Indian Civil Veterinary Department memoirs
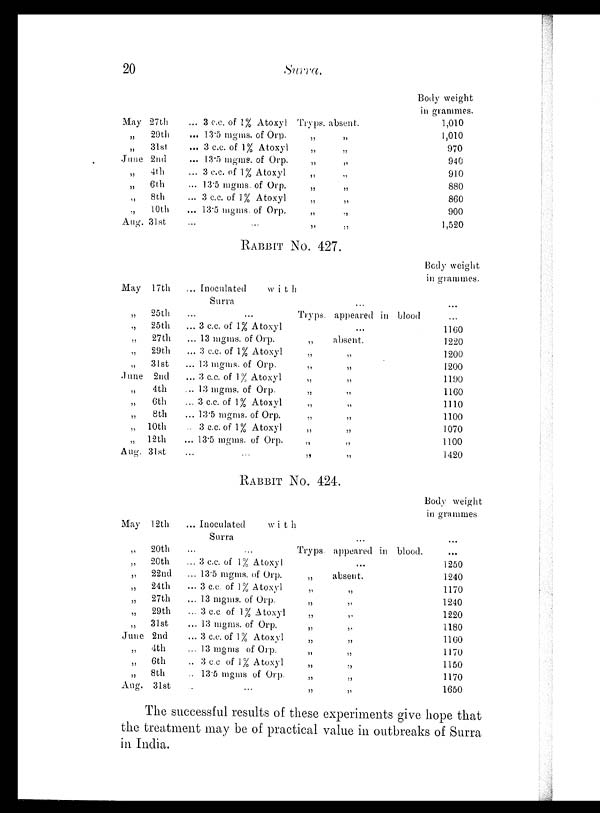
20
Surra.
May 27th
„
29th
„ 31st
June 2nd
„ 4th
„ 6th
„ 8th
„ 10th
Aug. 31st
... 3 c.c. of 1% Atoxyl Tryps. absent.
... 13.5 mgms. of Orp.
„
„
... 3 c.c. of 1% Atoxyl
„
„
... 13.5 mgms. of Orp.
„
„
... 3 c.c. of 1% Atoxyl
„
„
... 13.5 mgms. of Orp.
„
„
... 3 c.c. of 1% Atoxyl
„
„
... 13.5 mgms. of
Orp.
„
„
... ... „ „
Body weight
in grammes.
1,010
1,010
970
940
910
880
860
900
1,520
RABBIT NO. 427.
May 17th
„
25th
„
25th
„
27th
„
29th
„ 31st
June 2nd
„
4th
„ 6th
„
8th
„ 10th
„ 12th
Aug. 31st
... Inoculated
with
Surra
...
... ... Tryps. appeared in blood
... 3 c.c. of
1%
Atoxyl
...
... 13 mgms. of Orp.
„
absent.
... 3 c.c. of 1% Atoxyl
„
„
... 13 mgms. of Orp.
„
„
... 3 c.c. of 1% Atoxyl
„
„
... 13 mgms. of Orp.
„
„
... 3 c.c. of 1% Atoxyl
„
„
... 13.5 mgms. of Orp.
„
„
.. 3 c.c. of 1% Atoxyl
„
„
... 13.5 mgms. of Orp.
„
„
... ... „
„
Body weight
in grammes.
...
...
1160
1220
1200
1200
1190
1160
1110
1100
1070
1100
1420
RABBIT NO. 424.
May 12th
„
20th
„
20th
„
22nd
„
24th
„
27th
„
29th
„ 31st
June 2nd
„ 4th
„ 6th
„ 8th
Aug. 31st
... Inoculated
with
Surra
... ...
... 3 c.c. of 1% Atoxyl
... 13.5 mgms. of Orp.
... 3 c.c. of 1% Atoxyl
... 13 mgms. of Orp.
... 3 c.c of 1% Atoxyl
... 13 mgms. of Orp.
... 3 c.c. of 1% Atoxyl
... 13 mgms of Orp.
.. 3 c.c. of 1% Atoxyl
.. 13.5 mgms of Orp.
.. ...
...
Tryps. appeared in blood.
...
„
absent.
„ „
„ „
„ „
„ „
„ „
„ „
„ „
„ „
„ „
Body weight
in grammes.
...
...
1250
1240
1170
1240
1220
1180
1160
1170
1150
1170
1650
The successful results of these experiments give hope that
the treatment may be of practical value in outbreaks of Surra
in India.